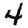
Digit: 4